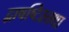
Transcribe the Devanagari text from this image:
द्वाषष्टिस्तथा